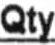
QTY